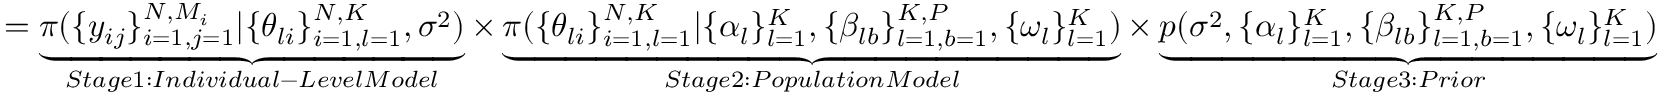
= \underbrace { \pi ( \{ y _ { i j } \} _ { i = 1 , j = 1 } ^ { N , M _ { i } } | \{ \theta _ { l i } \} _ { i = 1 , l = 1 } ^ { N , K } , \sigma ^ { 2 } ) } _ { S t a g e 1 : I n d i v i d u a l - L e v e l M o d e l } \times \underbrace { \pi ( \{ \theta _ { l i } \} _ { i = 1 , l = 1 } ^ { N , K } | \{ \alpha _ { l } \} _ { l = 1 } ^ { K } , \{ \beta _ { l b } \} _ { l = 1 , b = 1 } ^ { K , P } , \{ \omega _ { l } \} _ { l = 1 } ^ { K } ) } _ { S t a g e 2 : P o p u l a t i o n M o d e l } \times \underbrace { p ( \sigma ^ { 2 } , \{ \alpha _ { l } \} _ { l = 1 } ^ { K } , \{ \beta _ { l b } \} _ { l = 1 , b = 1 } ^ { K , P } , \{ \omega _ { l } \} _ { l = 1 } ^ { K } ) } _ { S t a g e 3 : P r i o r }